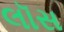
લૉસ